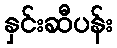
နှင်းဆီပန်း